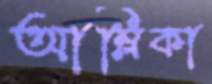
আম্লিকা